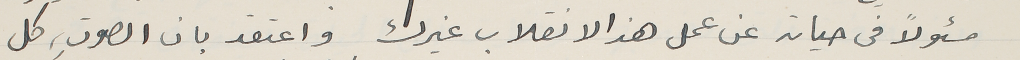
مسئولاً فى حياته عن عمل هذا الانقلاب غيرك واعتقد بان الصوت، كل